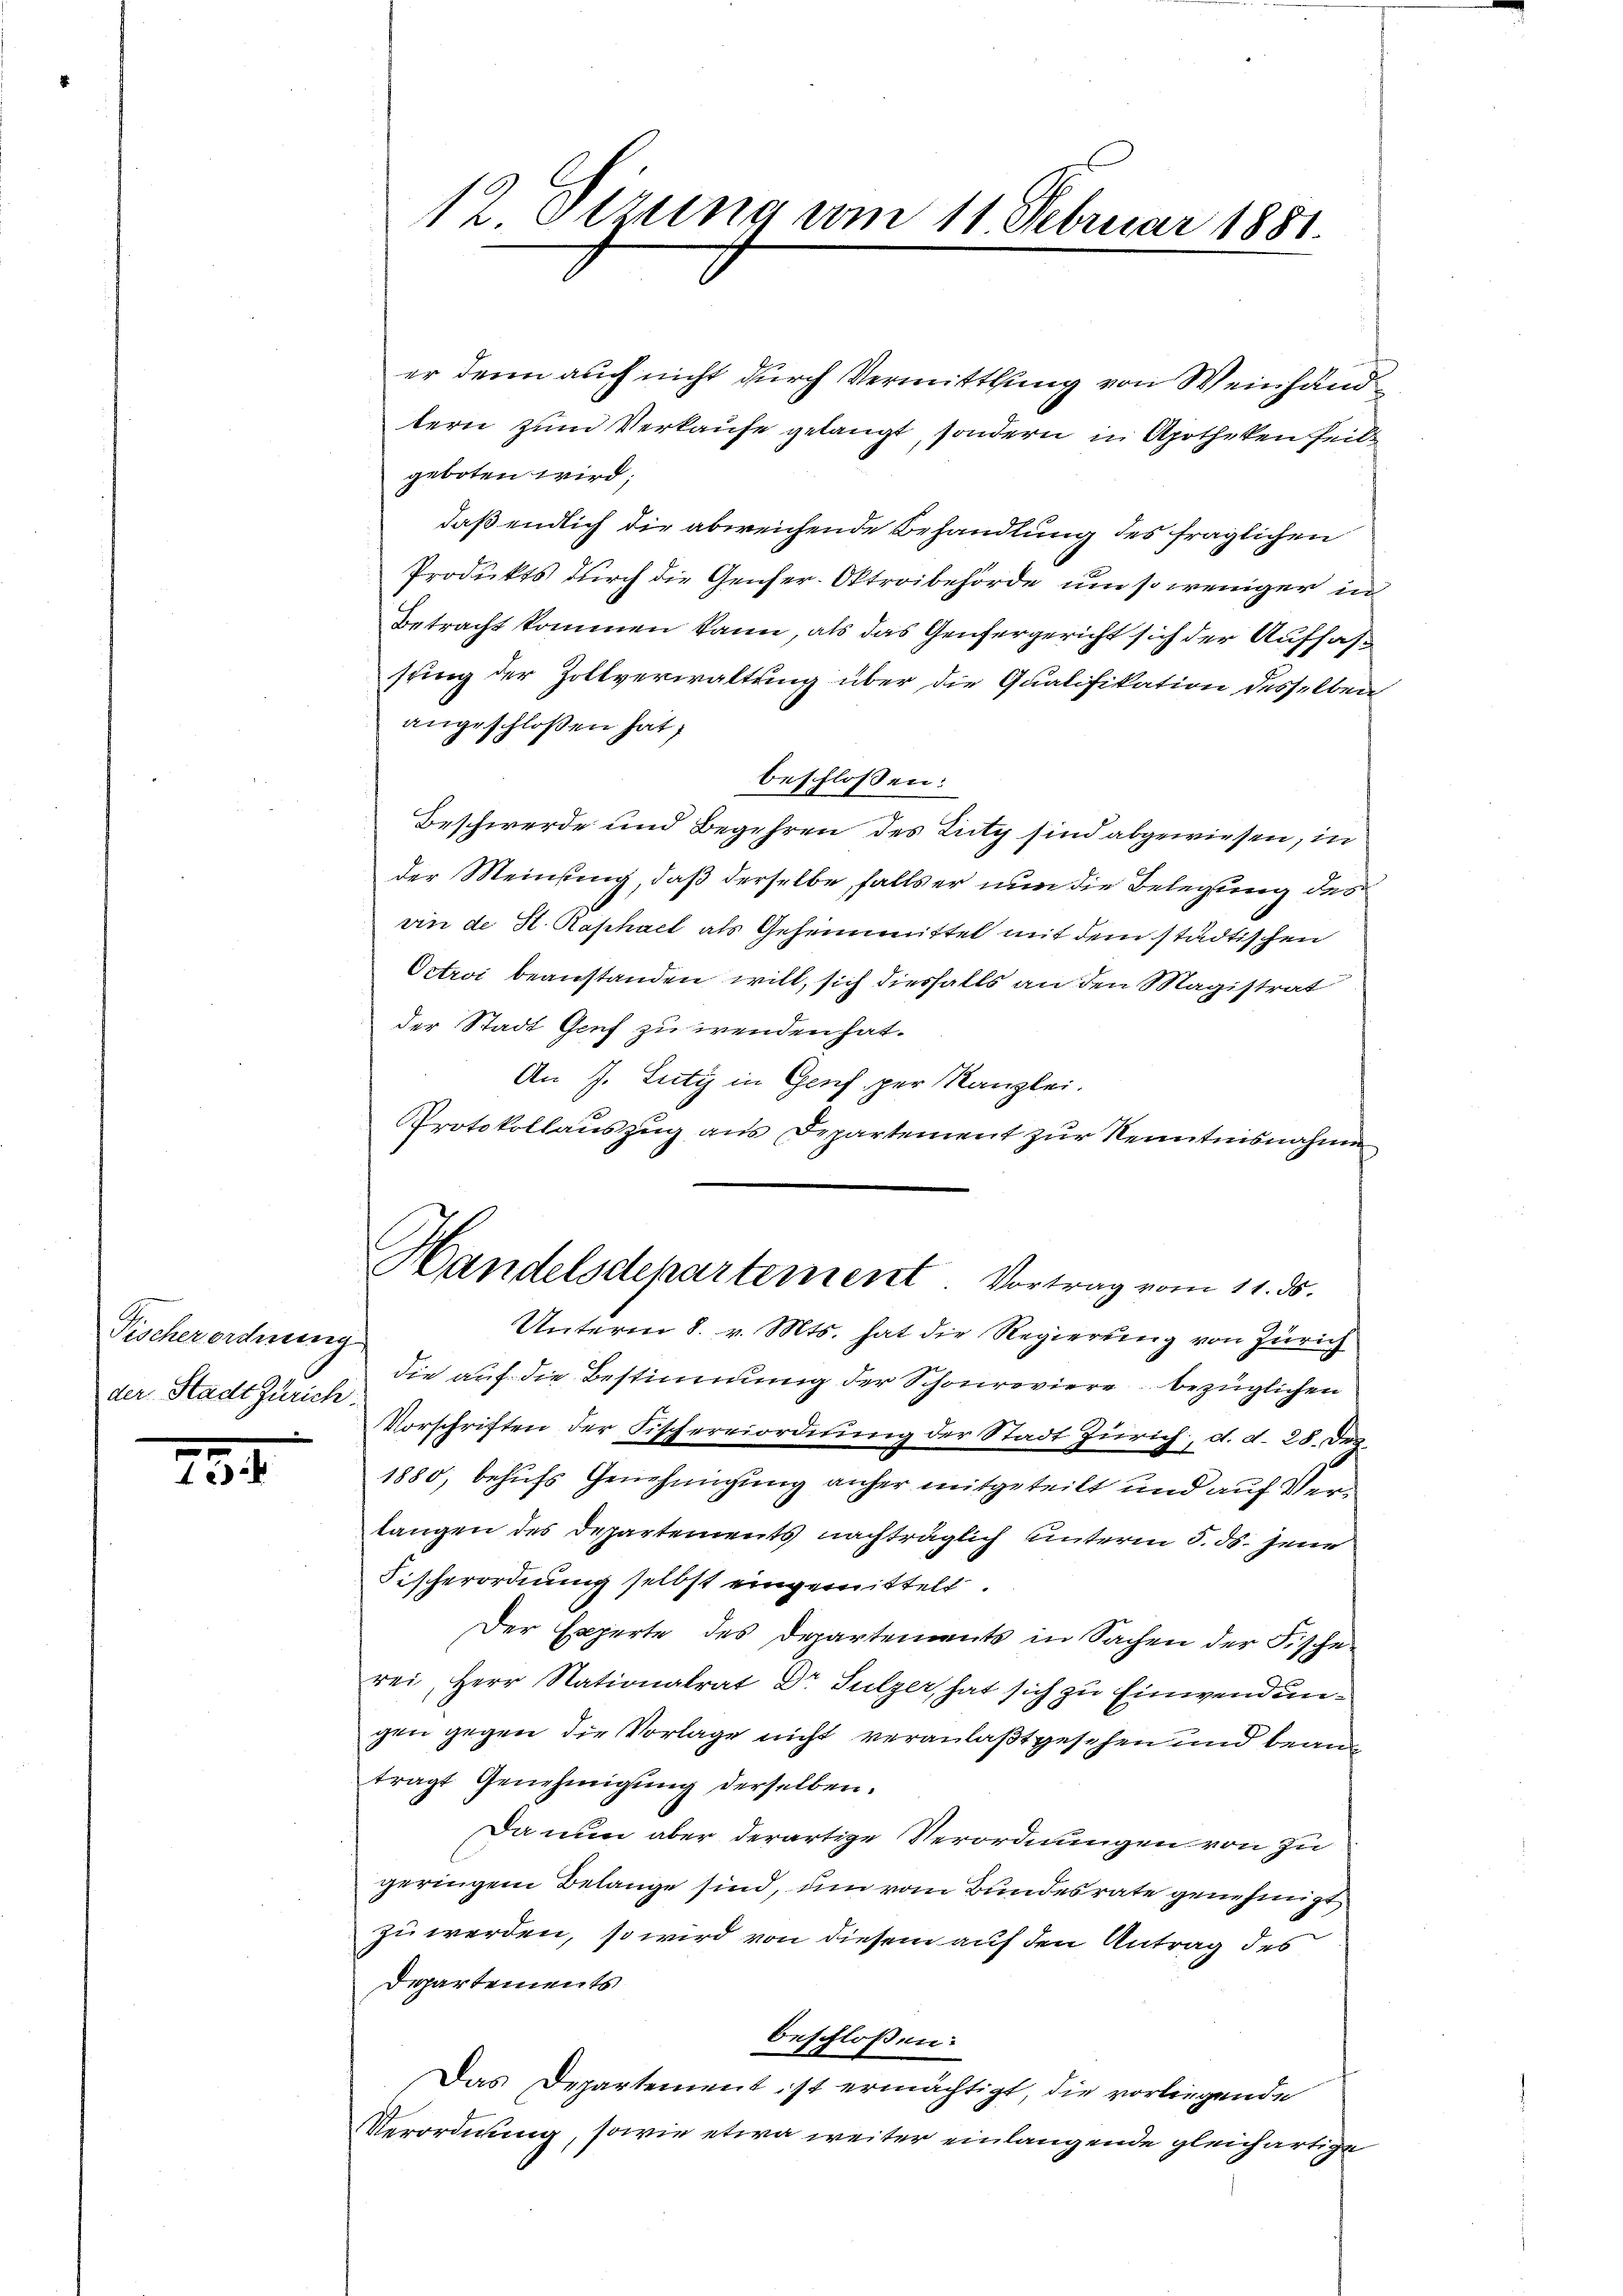
Tischer ordnung
der Stadt Zürich:

234.

12. Sitzung vom 11 Februar 1881.

er denn auch nicht durch Vermittlung von Weinhandtern zum Verkaufe gelangt, sondern in Apotheken seit
geboten wird;
daß endlich die abweichende Behandlung des fraglichen
Produkts durch die Genfer. Oktroibehörde, um so weniger in
Betracht kommen kann, als das Genfergericht sich der Auffassung der Zollverwaltung über die Qualifikation desselben
angeschlossen hat,
beschlossen:
Beschwerde und Begehren des Lutz sind abgewiesen, in
der Meinung, daß derselbe falls er nun die Belegung der
vin de St. Raphael als Geheimittel mit dem städtischen
Octroi beanstanden will, sich diesfalls an den Magistrat
der Stadt Genf zu wenden hat.
An J. Lutz in Genf per Kanzlei.
Protokollauszug aus Departement zur Kenntnisnahme
Unterm 8. v. Mts. hat die Regierung von Zürich
die auf die Bestimmung der Schönroviere bezüglichen
Vorschriften der Fischereiordnung der Stadt Zürich, d. d. 28. Des¬
1880, behufs Genehmigung anher mitgeteilt und auf Verlangen des Departements nachträglich unterm 5. ds. jene
Fischerordnung selbst eingemittelt
Der Experte des Departements in Sachen der Fischen
rei, Herr Nationalrat Dr Sulzer, hat sich zu Einwendungen gegen die Vorlage nicht veranlaßt gesehen und beam
tragt Genehmigung derselben.
Da nun aber derartige Verordnungen von zu
geringen Belange sind, um vom Bundesrate genehmigt
zu werden, so wird von diesem auf den Antrag des
Departements
beschloßen:
Das Departement ist ermächtigt, die vorliegende
Verordnung, sowie etwa weiter einlangende gleichartige

Handelsdepartement. Vortrag vom 11. ds.